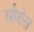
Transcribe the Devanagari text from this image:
सौरोस